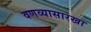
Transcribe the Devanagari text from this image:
वणव्यासारखा